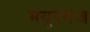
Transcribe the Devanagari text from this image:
मयुरगंज